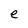
Character: e